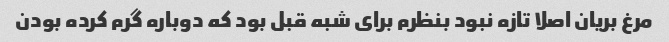
مرغ بریان اصلا تازه نبود بنظرم برای شبه قبل بود که دوباره گرم کرده بودن